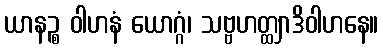
ယာနဉ္စ ဝါဟနံ ယောဂ္ဂံ၊ သဗ္ဗဟတ္ထျာဒိဝါဟနေ။